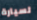
لسيارة